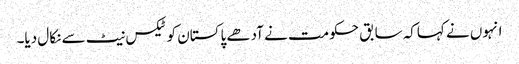
انہوں نے کہاکہ سابق حکومت نے آدھے پاکستان کو ٹیکس نیٹ سے نکال دیا۔